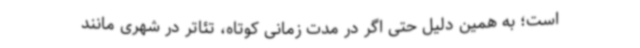
است؛ به همین دلیل حتی اگر در مدت زمانی کوتاه، تئاتر در شهری مانند